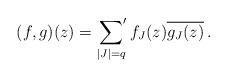
LaTeX: \begin{align*}(f,g)(z) = \sideset{}{'}\sum_{|J|=q}f_{J}(z)\overline{g_{J}(z)}\,.\end{align*}